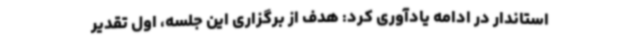
استاندار در ادامه یادآوری کرد: هدف از برگزاری این جلسه، اول تقدیر